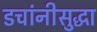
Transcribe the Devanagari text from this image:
डचांनीसुद्धा